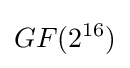
GF(2^{16})